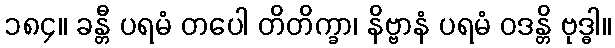
၁၈၄။ ခန္တီ ပရမံ တပေါ တိတိက္ခာ၊ နိဗ္ဗာနံ ပရမံ ဝဒန္တိ ဗုဒ္ဓါ။